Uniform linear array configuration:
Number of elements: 24
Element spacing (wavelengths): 0.25
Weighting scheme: hamming
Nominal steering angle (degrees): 30
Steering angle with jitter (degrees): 29.128
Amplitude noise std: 0.05
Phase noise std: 0.05

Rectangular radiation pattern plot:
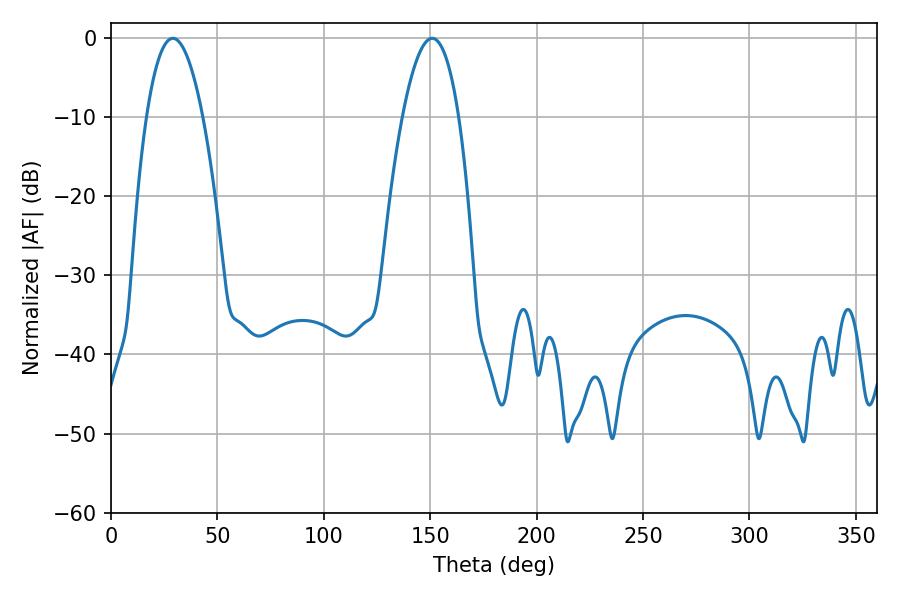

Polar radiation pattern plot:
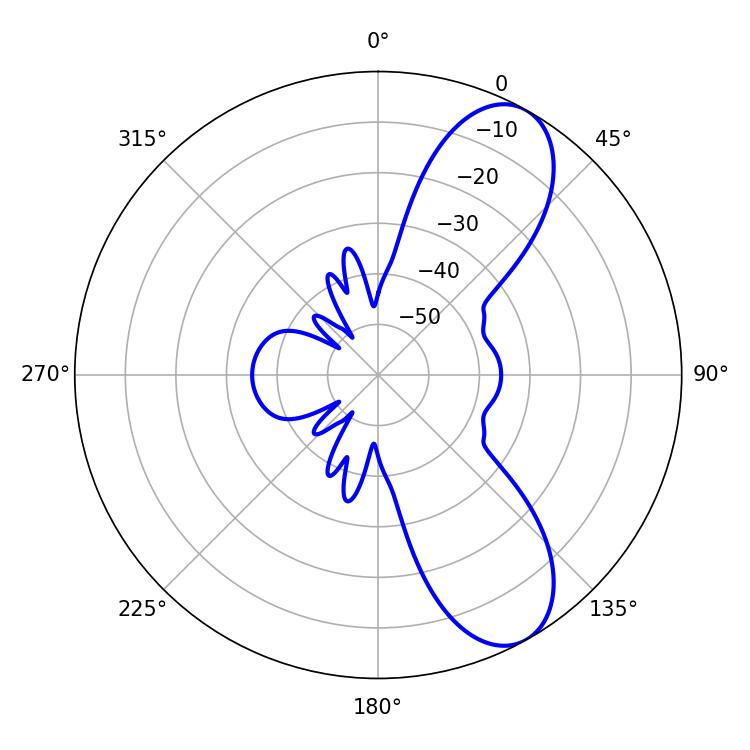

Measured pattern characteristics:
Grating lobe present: FALSE
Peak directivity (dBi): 8.73
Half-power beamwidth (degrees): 14.76
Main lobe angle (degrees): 29.16